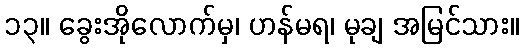
၁၃။ ခွေးအိုလောက်မှ၊ ဟန်မရ၊ မုချ အမြင်သား။